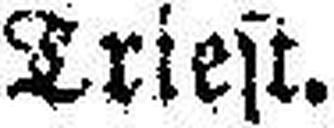
Triest.